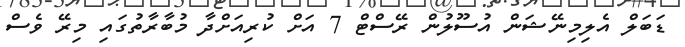
ޑަބަލް އެލިމިނޭޝަން އުސޫލުން ރޭސްޓް 7 އަށް ކުރިއަށްދާ މުބާރާތުގައި މިރޭ ވެސް